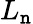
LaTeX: L_{\mathtt{n}}